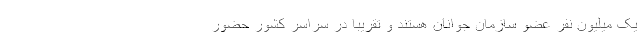
یک میلیون نفر عضو سازمان جوانان هستند و تقریباً در سراسر کشور حضور